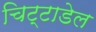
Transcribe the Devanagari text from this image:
चिट्टाडेल